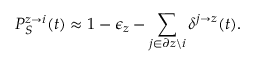
P _ { S } ^ { z \rightarrow i } ( t ) \approx 1 - \epsilon _ { z } - \sum _ { j \in \partial z \backslash i } \delta ^ { j \rightarrow z } ( t ) .